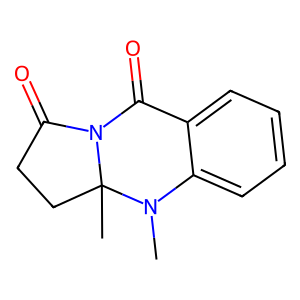
SMILES: CN1c2ccccc2C(=O)N2C(=O)CCC21C
Inhibits HIV replication: No